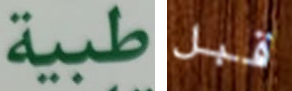
طبية قبل